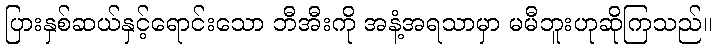
ပြားနှစ်ဆယ်နှင့်ရောင်းသော ဘီအီးကို အနံ့အရသာမှာ မမီဘူးဟုဆိုကြသည်။